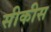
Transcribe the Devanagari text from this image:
सीकीस